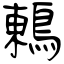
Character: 鶇